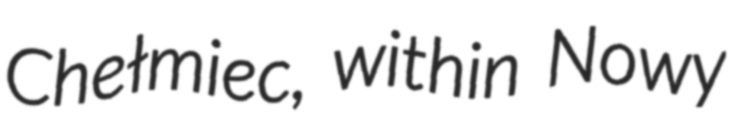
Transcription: Chełmiec, within Nowy